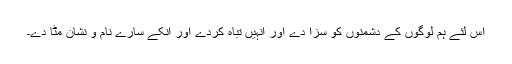
اس لئے ہم لوگوں کے دشمنوں کو سزا دے اور انہیں تباہ کردے اور انکے سارے نام و نشان مٹا دے۔